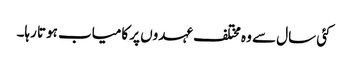
کئی سال سے وہ مختلف عہدوں پر کامیاب ہوتا رہا۔